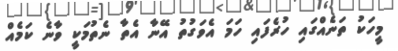
މީހަކު ތަނެއްގައި ހުރެފައި ހަމަ އެވަގުތު އޭނާ އެތާ ނެތުމަކީ ވާނެ ކަމެއް